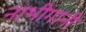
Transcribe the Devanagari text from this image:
नाभीगानी